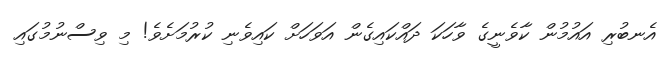
އެނބުރި އައުމުން ކާވެނީގެ ވާހަކަ ދައްކައިގެން އަވަހަށް ކައިވެނި ކުރުމަށެވެ! މި ވިސްނުމުގައި